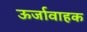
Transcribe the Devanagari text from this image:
ऊर्जावाहक